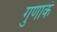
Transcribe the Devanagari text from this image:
गुणाकं